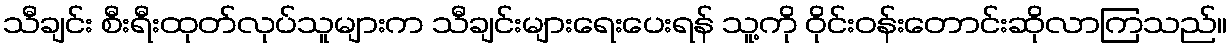
သီချင်း စီးရီးထုတ်လုပ်သူများက သီချင်းများရေးပေးရန် သူ့ကို ဝိုင်းဝန်းတောင်းဆိုလာကြသည်။